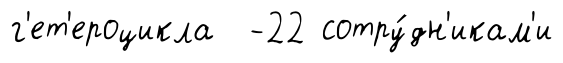
г'ет'ероцикла -22 сотру́дн'икам'и